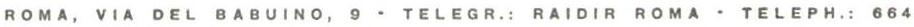
ROMA, VIA DEL BABUINO, 9 - TELEGR.: RAIDIR ROMA - TELEPH.: 664